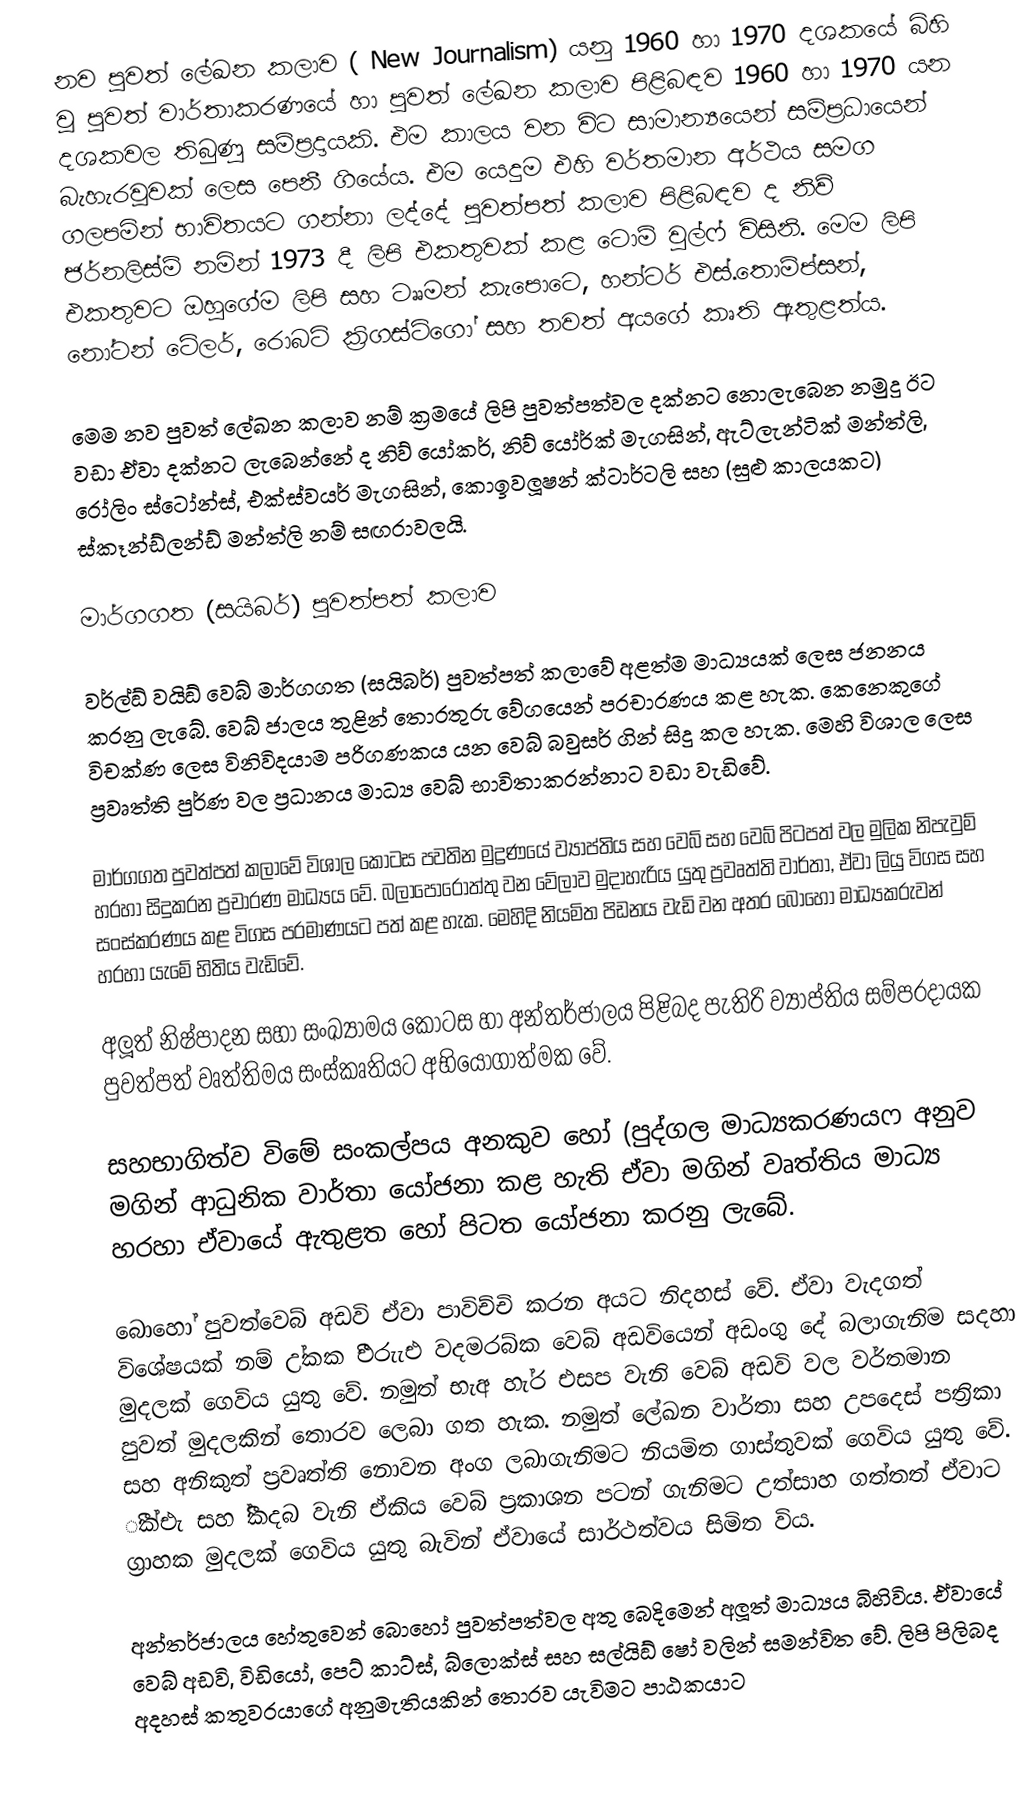
නව පුවත් ලේඛන කලාව ( New Journalism) යනු 1960 හා 1970 දශකයේ බිහි වූ පුවත් වාර්තාකරණයේ හා පුවත් ලේඛන කලාව පිළිබඳව 1960 හා 1970 යන දශකවල තිබුණූ සම්ප්‍රදායකි. එම කාලය වන විට සාමාන්‍යයෙන් සම්ප්‍රධායෙන් බැහැරවූවක් ලෙස පෙනී ගියේය. එම යෙදුම එහි වර්තමාන අර්ථය සමග ගලපමින් භාවිතයට ගන්නා ලද්දේ පුවත්පත් කලාව පිළිබඳව ද නිව් ජර්නලිස්ම් නමින් 1973 දී ලිපි එකතුවක් කළ ටොම් වුල්ෆ් විසිනි. මෙම ලිපි එකතුවට ඔහුගේම ලිපි සහ  ටෲමන් කැපොටෙ, හන්ටර් එස්.තොම්ප්සන්, නෝටන් ටේලර්, රොබට් ක්‍රිගස්ට්ගෝ සහ තවත් අයගේ කෘති ඇතුළත්ය.

මෙම නව පුවත් ලේඛන කලාව නම් ක්‍රමයේ ලිපි පුවත්පත්වල දක්නට නොලැබෙන නමුදු ඊට වඩා ඒවා දක්නට ලැබෙන්නේ  ද නිව් යෝකර්, නිව් යෝර්ක් මැගසින්, ඇට්ලැන්ටික් මන්ත්ලි, රෝලිං ස්ටෝන්ස්, එක්ස්වයර් මැගසින්, කොඉවලූෂන් ක්ටාර්ටලි සහ (සුළු කාලයකට) ස්කෑන්ඩ්ලන්ඩ් මන්ත්ලි නම් සඟරාවලයි.

මාර්ගගත (සයිබර්) පුවත්පත් කලාව

වර්ල්ඞ් වයිඞ් වෙබ් මාර්ගගත (සයිබර්) පුවත්පත් කලාවේ අළත්ම මාධ්‍යයක් ලෙස ජනනය කරනු ලැබේ. වෙබ් ජාලය තුළින් තොරතුරු වේගයෙන් ප‍්‍රචාරණය කළ හැක. කෙනෙකුගේ විචක්ණ ලෙස විනිවිදයාම පරිගණකය යන වෙබ් බවුසර් ගින් සිදු කල හැක. මෙහි විශාල ලෙස ප්‍රවෘත්ති පුර්ණ වල ප්‍රධානය මාධ්‍ය වෙබ් භාවිතාකරන්නාට වඩා වැඩිවේ.

	මාර්ගගත පුවත්පත් කලාවේ විශාල කොටස පවතින මුද්‍රණයේ ව්‍යාප්තිය සහ වෙබ් සහ වෙබ් පිටපත් වල මුලික නිපැවුම් හරහා සිදුකරන ප්‍රචාරණ මාධ්‍යය වේ. බලාපොරොත්තු වන වේලාව මුදාහැරිය යුතු ප්‍රවෘත්ති වාර්තා, ඒවා ලියු විගස සහ සංස්කරණය කළ විගස ප‍්‍රමාණයට පත් කළ හැක. මෙහිදි නියමිත පිඩනය වැඩි වන අතර බොහෝ මාධ්‍යකරුවන් හරහා යැමේ භිතිය වැඩිවේ.

	අලූත් නිෂ්පාදන සහා සංඛ්‍යාමය කොටස හා අන්තර්ජාලය පිළිබද පැතිරි ව්‍යාප්තිය සම්ප‍්‍රදායක පුවත්පත් වෘත්තිමය සංස්කෘතියට අභියෝගාත්මක වේ.

	සහභාගිත්ව විමේ සංකල්පය අනකුව හෝ (පුද්ගල මාධ්‍යකරණයෆ අනුව මගින් ආධුනික වාර්තා යෝජනා කළ හැති ඒවා මගින් වෘත්තිය මාධ්‍ය හරහා ඒවායේ ඇතුළත හෝ පිටත යෝජනා කරනු ලැබේ.

	බොහෝ පුවත්වෙබ් අඩවි ඒවා පාවිච්චි කරන අයට නිදහස් වේ. ඒවා වැදගත් විශේෂයක් නම් උ්කක ීඑරුැඑ වදමරබ්ක වෙබ් අඩවියෙන් අඩංගු දේ බලාගැනිම සදහා මුදලක් ගෙවිය යුතු වේ. නමුත් භැඅ හැ්ර එසප වැනි වෙබ් අඩවි වල වර්තමාන පුවත් මුදලකින් තොරව ලෙබා ගත හැක. නමුත් ලේඛන වාර්තා සහ උපදෙස් පත‍්‍රිකා සහ අනිකුත් ප‍්‍රවෘත්ති නොවන අංග ලබාගැනිමට නියමිත ගාස්තුවක් ගෙවිය යුතු වේ. ීක්එැ සහ ී්කදබ වැනි ඒකිය වෙබ් ප‍්‍රකාශන පටන් ගැනිමට උත්සාහ ගත්තත් ඒවාට ග‍්‍රාහක මුදලක් ගෙවිය යුතු බැවින් ඒවායේ සාර්ථත්වය සිමිත විය.

	අන්තර්ජාලය හේතුවෙන් බොහෝ පුවත්පත්වල අතු බෙදිමෙන් අලූත් මාධ්‍යය බිහිවිය. ඒවායේ වෙබ් අඩවි, විඩියෝ, පෙට් කාට්ස්, බ්ලොක්ස් සහ සල්යිඞ් ෂෝ වලින් සමන්විත වේ. ලිපි පිලිබද අදහස් කතුවරයාගේ අනුමැතියකින් තොරව යැවිමට පාඨකයාට